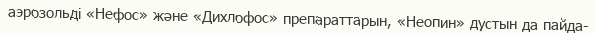
аэрозольді «Нефос» және «Дихлофос» препараттарын, «Неопин» дустын да пайда-